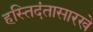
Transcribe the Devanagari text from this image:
हस्तिदंतासारखे